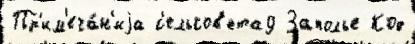
Пр'им'еча́н'иjа с'ельсов'ета9 Заполье Код